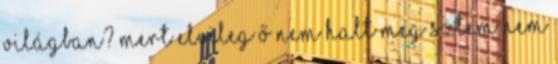
világban? Mert elvileg ő nem halt meg sztem nem